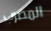
المضرب